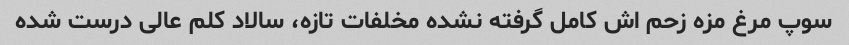
سوپ مرغ مزه زحم اش کامل گرفته نشده مخلفات تازه، سالاد کلم عالی درست شده